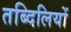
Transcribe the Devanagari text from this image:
तब्दिलियों